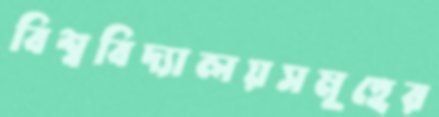
বিশ্ববিদ্যালয়সমূহের